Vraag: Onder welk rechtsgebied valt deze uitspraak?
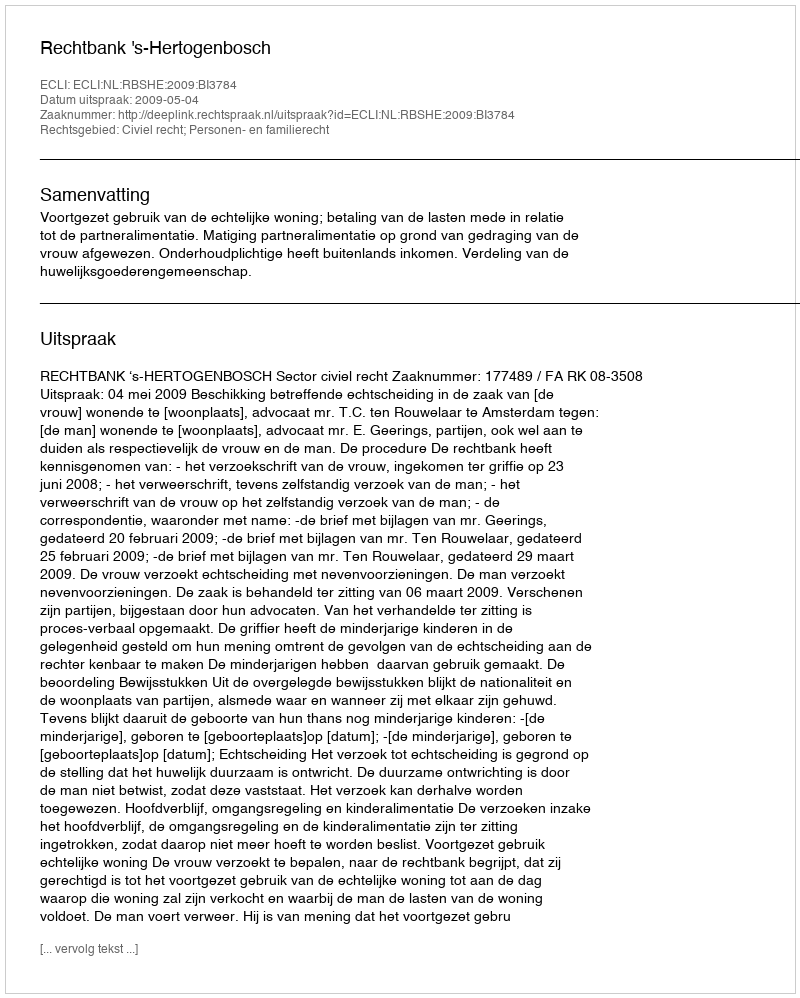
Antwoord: Civiel recht; Personen- en familierecht